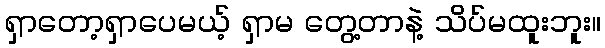
ရှာတော့ရှာပေမယ့် ရှာမ တွေ့တာနဲ့ သိပ်မထူးဘူး။